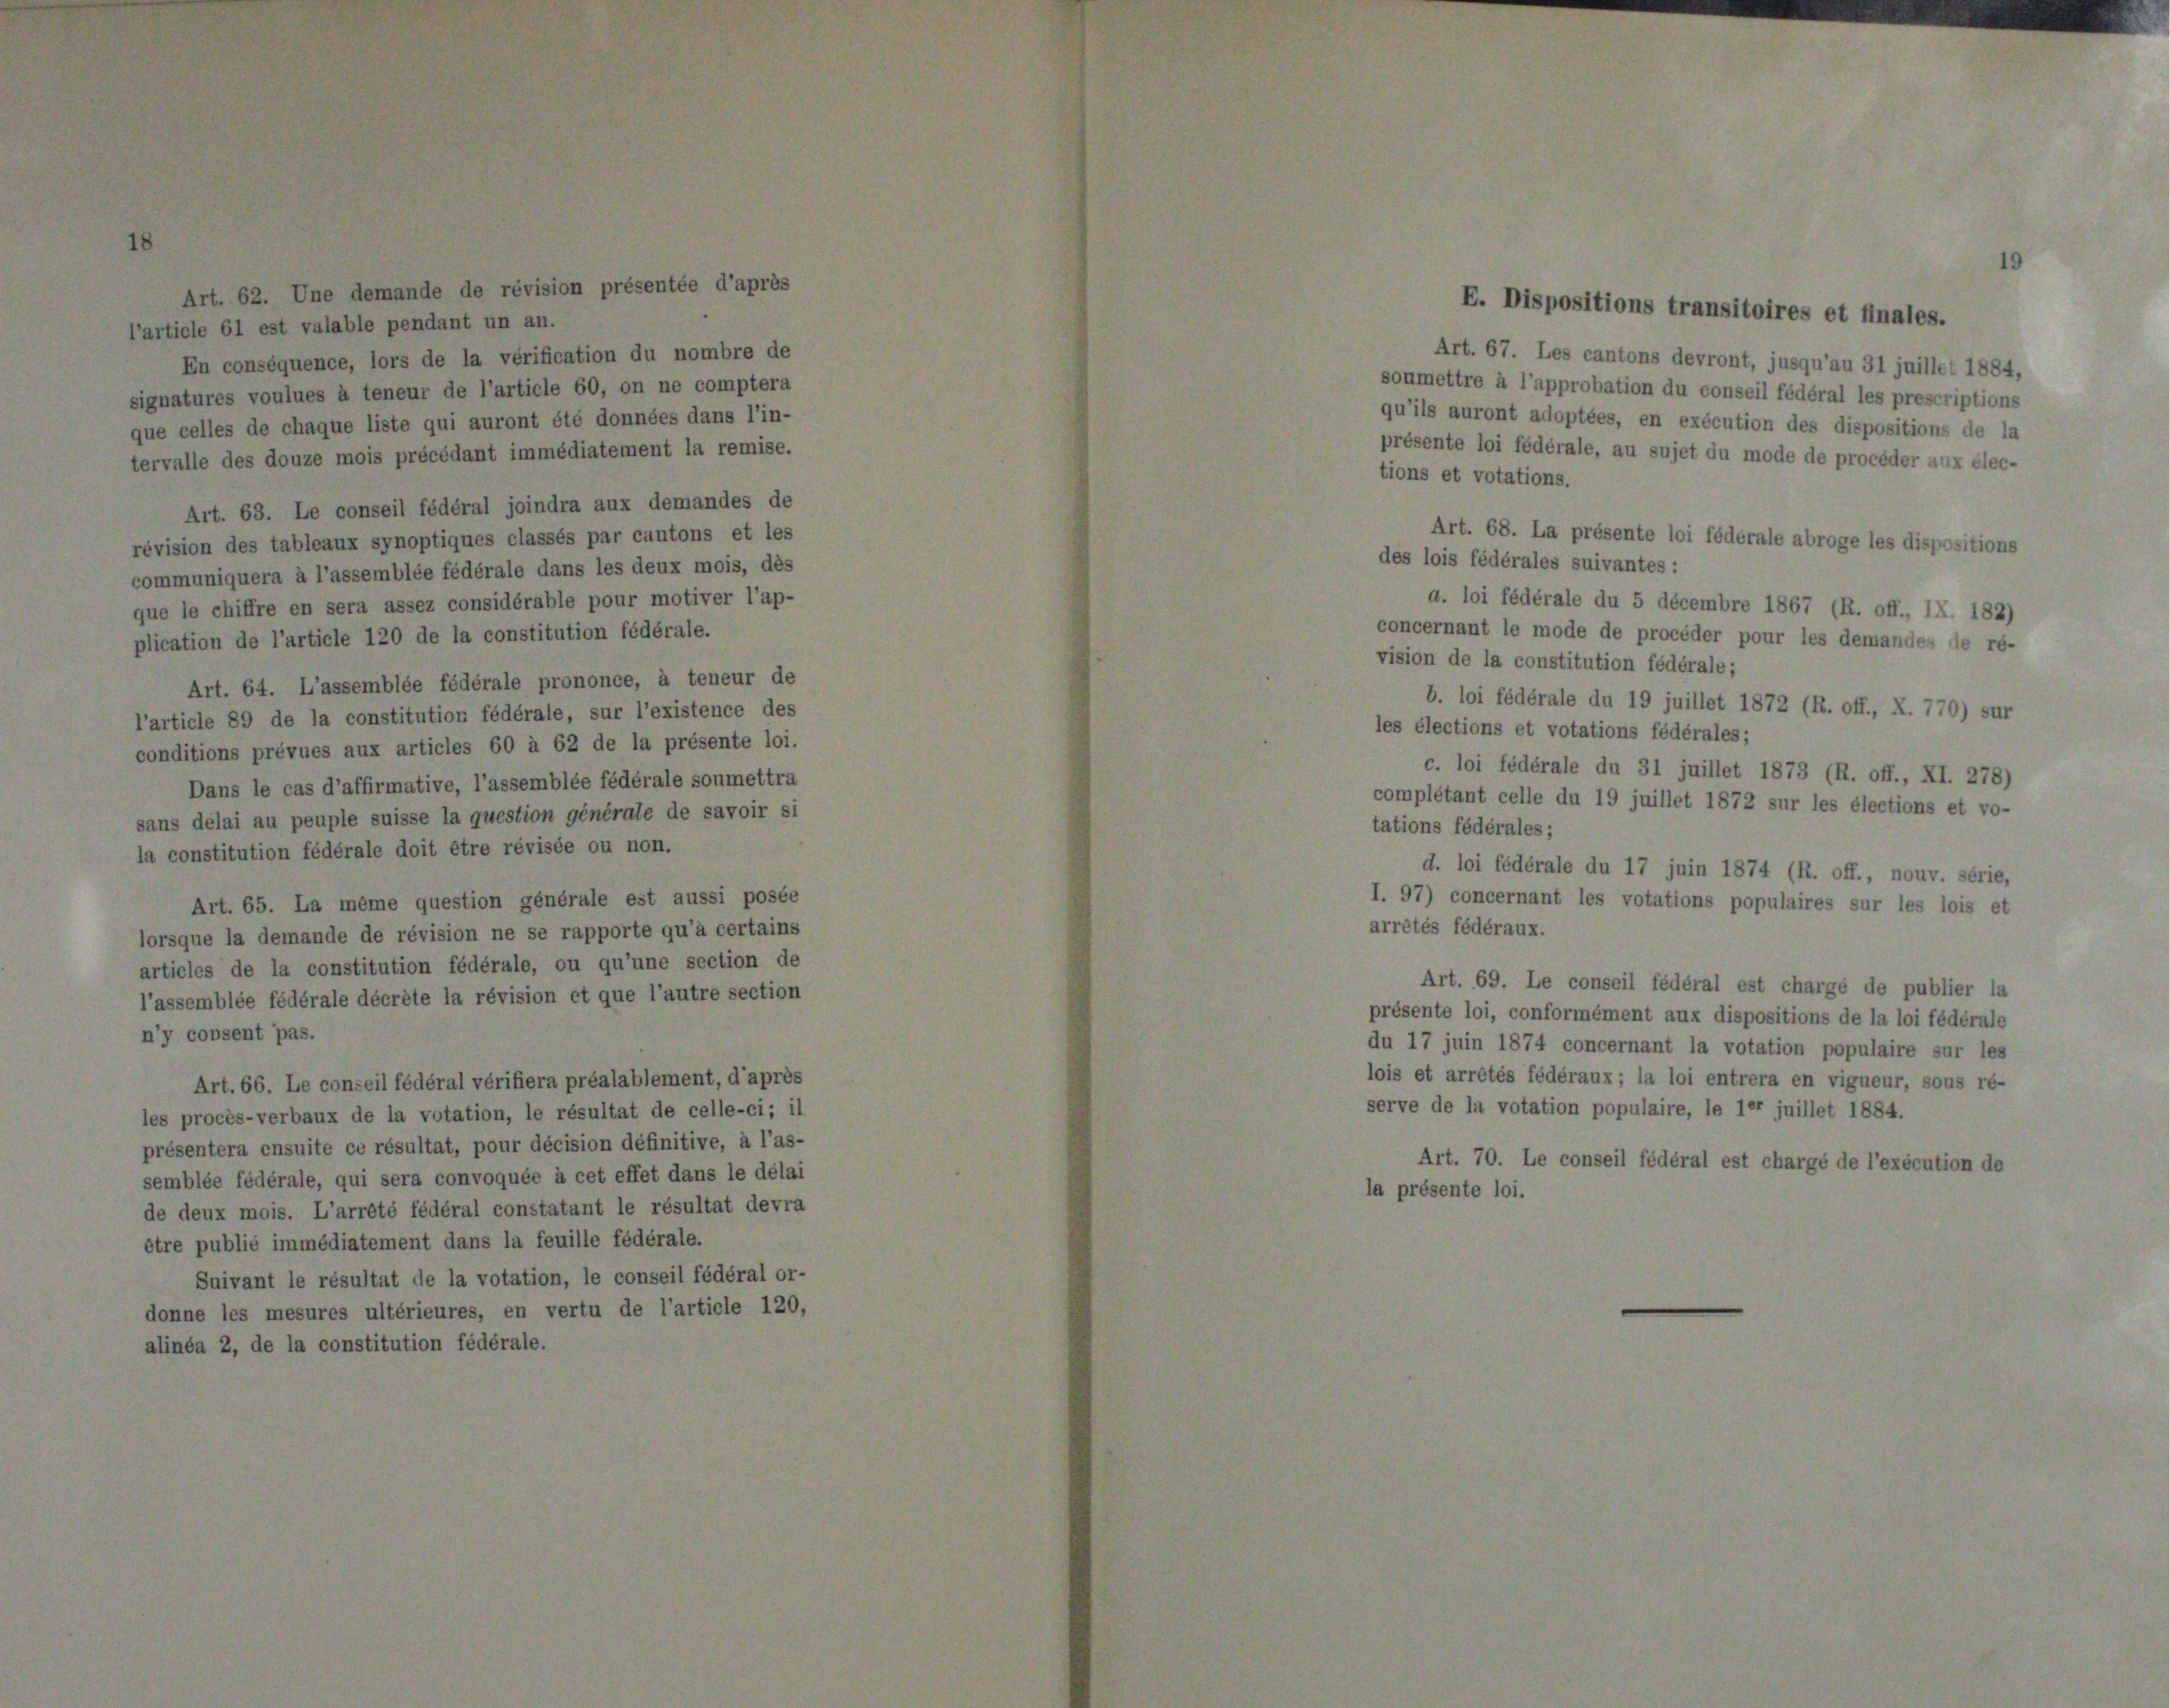
rtic

la
de

ss aux 1

le 120

d’affirmative, l’ass
suisse la ques

ra aux demandes de
s par cantons et les
as les deux mois, dès
le pour motiver l’ap-
ononce, à teneur de
*, sur l’existence des
52 de la présente loi.
lée fédérale soumettra
générale de savoir si

La même question générale est aussi posée
lemande de révision ne se rapporte qu’à certains
la constitution fédérale, ou qu’une section de
fédérale décrête la révision et que l’autre section

16. Le conseil fédéral vérifiera préalablement, d’après
-verbaux de la votation, le résultat de celle-ci; il
cnsuite ce résultat, pour décision définitive, à l’as-
dérale, qui sera convoquée à cet effet dans le délai
mois. L’arrêté fédéral constatant le résultat devra
é immédiatement dans la feuille fédérale.
ant le résultat de la votation, le conseil fédéral or-
s mesures ultérieures, en vertu de l’article 120,
de la constitution fédérale.

22

e)

le pr

ition fédérale.

nt adopte

La p
rales so

fédérale du 5 décembre
le mode de procéder E

1874 concern
tés fédéraux; 1

n fédérale;

t

11

tions fédérale

s 1